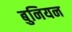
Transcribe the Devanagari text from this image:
बुनियन